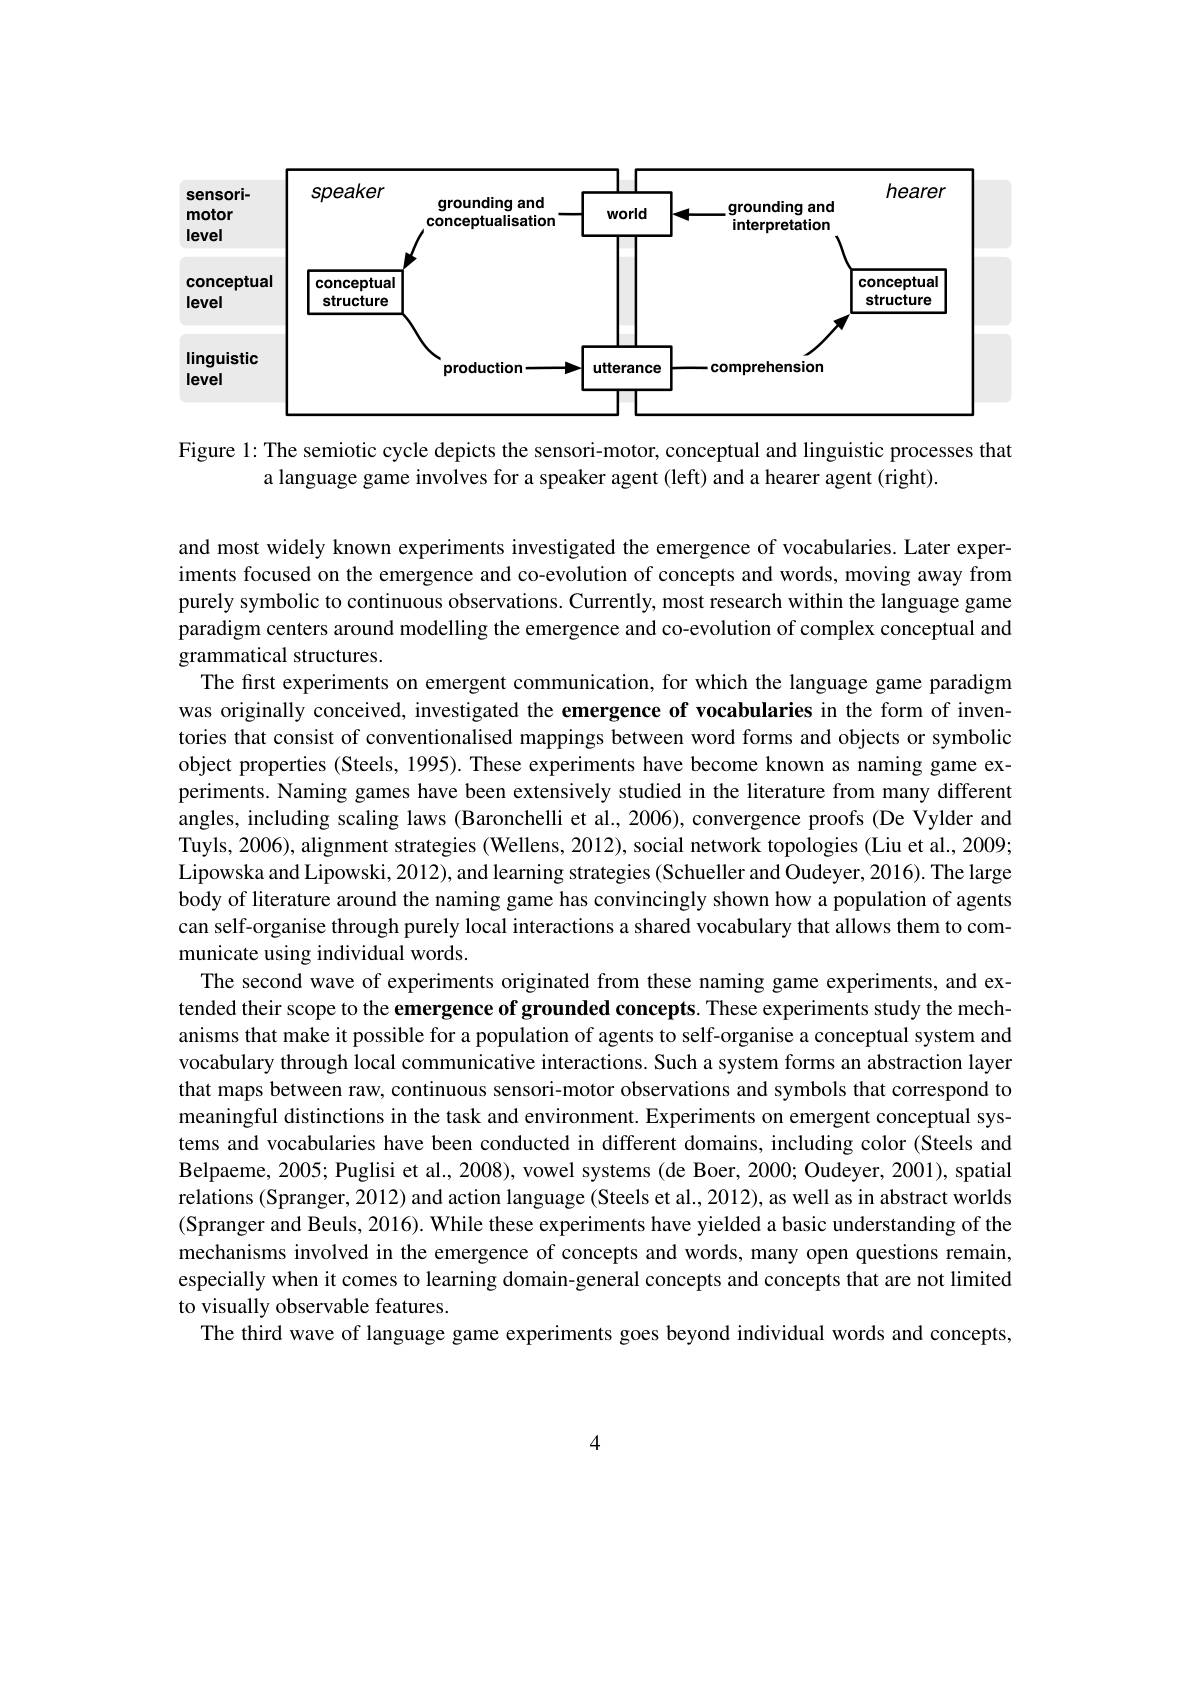
<FigureHere>

Figure 1: The semiotic cycle depicts the sensori-motor, conceptual and linguistic processes that
a language game involves for a speaker agent (left) and a hearer agent (right).

and most widely known experiments investigated the emergence of vocabularies. Later experiments focused on the emergence and co-evolution of concepts and words, moving away from purely symbolic to continuous observations. Currently, most research within the language game paradigm centers around modelling the emergence and co-evolution of complex conceptual and grammatical structures.
The first experiments on emergent communication, for which the language game paradigm was originally conceived, investigated the emergence of vocabularies in the form of inventories that consist of conventionalised mappings between word forms and objects or symbolic object properties (Steels, 1995). These experiments have become known as naming game experiments. Naming games have been extensively studied in the literature from many different angles, including scaling laws (Baronchelli et al., 2006), convergence proofs (De Vylder and Tuyls, 2006), alignment strategies (Wellens, 2012), social network topologies (Liu et al., 2009; Lipowska and Lipowski, 2012), and learning strategies (Schueller and Oudeyer, 2016). The large body of literature around the naming game has convincingly shown how a population of agents can self-organise through purely local interactions a shared vocabulary that allows them to communicate using individual words.
The second wave of experiments originated from these naming game experiments, and extended their scope to the emergence of grounded concepts. These experiments study the mechanisms that make it possible for a population of agents to self-organise a conceptual system and vocabulary through local communicative interactions. Such a system forms an abstraction layer that maps between raw, continuous sensori-motor observations and symbols that correspond to meaningful distinctions in the task and environment. Experiments on emergent conceptual systems and vocabularies have been conducted in different domains, including color (Steels and Belpaeme, 2005; Puglisi et al., 2008), vowel systems (de Boer, 2000; Oudeyer, 2001), spatial relations (Spranger, 2012) and action language (Steels et al., 2012), as well as in abstract worlds (Spranger and Beuls, 2016). While these experiments have yielded a basic understanding of the mechanisms involved in the emergence of concepts and words, many open questions remain, especially when it comes to learning domain-general concepts and concepts that are not limited to visually observable features.
The third wave of language game experiments goes beyond individual words and concepts,

4